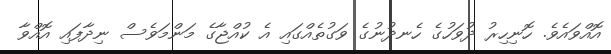
އޮއްވައެވެ. ހޮނިހިރު ދުވަހުގެ ހެނދުނުގެ ވަގުތެއްގައި އެ ކުއްޖާގެ މަންމަވެސް ނިދާފައި އޮއްވާ